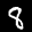
Label: 8